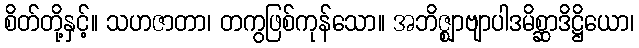
စိတ်တို့နှင့်။ သဟဇာတာ၊ တကွဖြစ်ကုန်သော။ အဘိဇ္ဈာဗျာပါဒမိစ္ဆာဒိဋ္ဌိယော၊